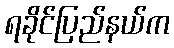
ရခိုင်ပြည်နယ်က